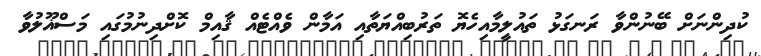
ކުދިންނަށް ބޭނުންވާ ރަނގަޅު ތައުލީމާއިހެޔޮ ތަރުބިއްޔަތާއި އަމާން ވެއްޓެއް ޤާއިމް ކޮށްދިނުމުގައި މަސްޣޫލުވާ